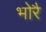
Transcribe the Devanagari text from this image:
भोरै